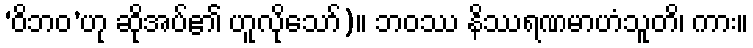
‘ဝိဘဝ’ဟု ဆိုအပ်၏ ဟူလိုသော်)။ ဘဝဿ နိဿရဏမာဟံသူတိ၊ ကား။